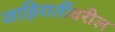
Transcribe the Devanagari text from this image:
जाहिरातींवरील